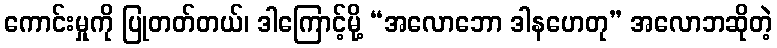
ကောင်းမှုကို ပြုတတ်တယ်၊ ဒါကြောင့်မို့ “အလောဘော ဒါနဟေတု” အလောဘဆိုတဲ့